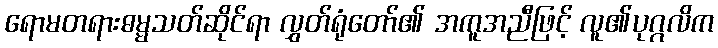
ရောမတရားဓမ္မသတ်ဆိုင်ရာ လွှတ်ရုံတော်၏ အကူအညီဖြင့် လူ၏ပုဂ္ဂလိက